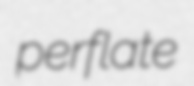
perflate